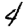
Digit: 4